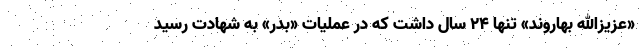
«عزیزالله بهاروند» تنها ۲۴ سال داشت که در عملیات «بدر» به شهادت رسید